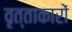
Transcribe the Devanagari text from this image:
वृत्ताकारों